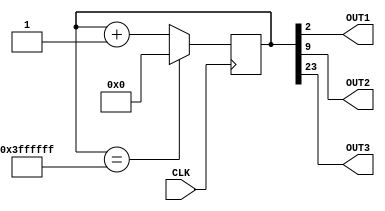
`timescale 1ns / 1ps
//////////////////////////////////////////////////////////////////////////////////
// Company: 
// Engineer: 
// 
// Design Name: 
// Module Name:    clockDiv 
// Project Name: 
// Target Devices: 
// Tool versions: 
// Description: 
//
// Dependencies: 
//
// Revision: 
// Revision 0.01 - File Created
// Additional Comments: 
//
//////////////////////////////////////////////////////////////////////////////////
module clockDiv( 
	CLK, 
	OUT1, 
	OUT2, 
	OUT3
    );

   //entradas
	input CLK;
	
	//saidas
	output OUT1, OUT2, OUT3;
	
	//REGISTRADOR
	reg [25:0] COUNTER;
	initial COUNTER = 0;
	
	assign OUT1 = COUNTER[2];  //bit 3 do contador --- 6.25MHz
	assign OUT2 = COUNTER[9];  //bit 10 do contador --- 48.9KHz
	assign OUT3 = COUNTER[23]; //bit 24 do contador --- 2.98Hz
	
	always @(posedge CLK)
	begin
		//Soma para contador
		COUNTER <= COUNTER+1;
		//Controla o estouro
		if ( COUNTER == 26'h3FFFFFF )
		begin
			COUNTER <= 26'h0;
		end	
	end
endmodule